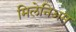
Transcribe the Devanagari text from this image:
मिलेनिअम